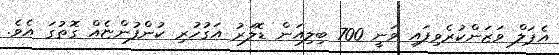
އެޕަލް ވަޒަންކުރެވިފައި ވަނީ 700 ބިލިއަން ޑޮލަރު އަގުހުރި ކުންފުންޏެއް ގޮތުގަ އެވެ.